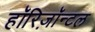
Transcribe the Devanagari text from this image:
हॉरिज़ॉन्टल